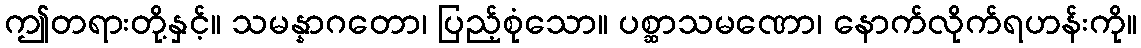
ဤတရားတို့နှင့်။ သမန္နာဂတော၊ ပြည့်စုံသော။ ပစ္ဆာသမဏော၊ နောက်လိုက်ရဟန်းကို။